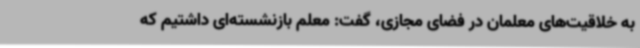
به خلاقیت‌های معلمان در فضای مجازی، گفت: معلم بازنشسته‌ای داشتیم که